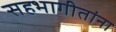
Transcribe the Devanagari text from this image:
सहभागीतांना